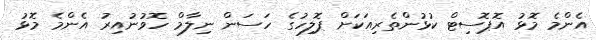
އެންމެ މޮޅު އޮޕޮސިޓް ކުޅުންތެރިއަކަށް ޕޮލިހުގެ ހަސަން ނިލާމް ހޮވުނުއިރު އެންމެ މޮޅު